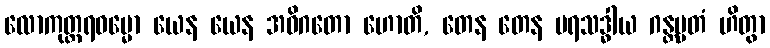
လောကုတ္တရဓမ္မော ယေန ယေန အဓိဂတော ဟောတိ, တေန တေန ပရသဒ္ဓါယ ဂန္တဗ္ဗတံ ဟိတွာ